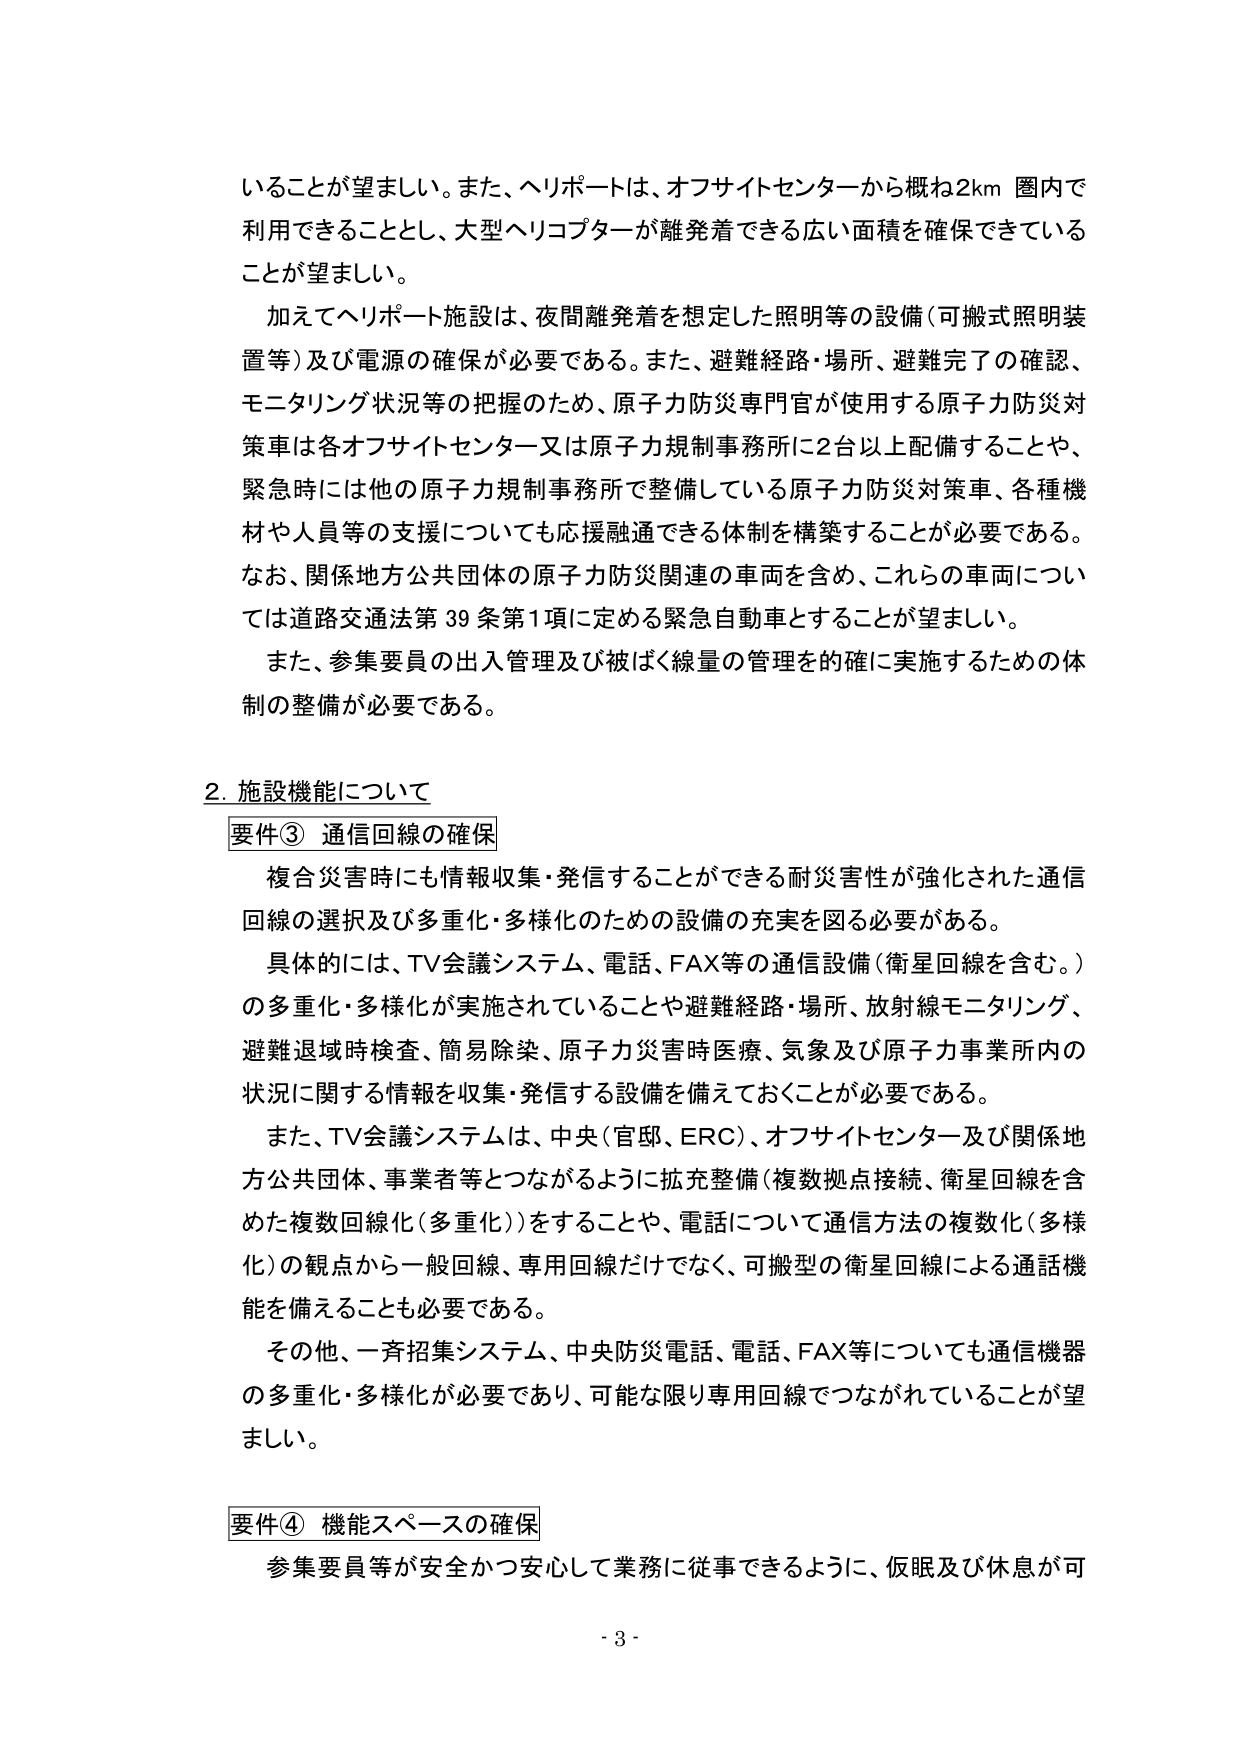
いることが望ましい。また、ヘリポートは、オフサイトセンターから概ね2km 圏内で利用できることとし、大型ヘリコプターが離発着できる広い面積を確保できていることが望ましい。

加えてヘリポート施設は、夜間離発着を想定した照明等の設備（可搬式照明装置等）及び電源の確保が必要である。また、避難経路・場所、避難完了の確認、モニタリング状況等の把握のため、原子力防災専門官が使用する原子力防災対策車は各オフサイトセンター又は原子力規制事務所に2台以上配備することや、緊急時には他の原子力規制事務所で整備している原子力防災対策車、各種機材や人員等の支援についても応援融通できる体制を構築することが必要である。なお、関係地方公共団体の原子力防災関連の車両を含め、これらの車両については道路交通法第39条第1項に定める緊急自動車とすることが望ましい。

また、参集要員の出入管理及び被ばく線量の管理を的確に実施するための体制の整備が必要である。

2. 施設機能について

要件③ 通信回線の確保

複合災害時にも情報収集・発信することができる耐災害性が強化された通信回線の選択及び多重化・多様化のための設備の充実を図る必要がある。

具体的には、TV会議システム、電話、FAX等の通信設備（衛星回線を含む。）の多重化・多様化が実施されていることや避難経路・場所、放射線モニタリング、避難退域時検査、簡易除染、原子力災害時医療、気象及び原子力事業所内の状況に関する情報を収集・発信する設備を備えておくことが必要である。

また、TV会議システムは、中央（官邸、ERC）、オフサイトセンター及び関係地方公共団体、事業者等とつながるように拡充整備（複数拠点接続、衛星回線を含めた複数回線化（多重化））をすることや、電話について通信方法の複数化（多様化）の観点から一般回線、専用回線だけでなく、可搬型の衛星回線による通話機能を備えることも必要である。

その他、一斉招集システム、中央防災電話、電話、FAX等についても通信機器の多重化・多様化が必要であり、可能な限り専用回線でつながれていることが望ましい。

要件④ 機能スペースの確保

参集要員等が安全かつ安心して業務に従事できるように、仮眠及び休息が可

- 3 -